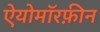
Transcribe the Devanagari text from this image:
ऐयोमॉरफ़ीन